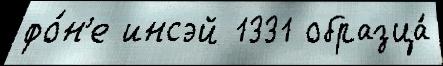
фо́н'е инсэй 1331 образца́